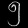
Digit: ၅